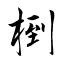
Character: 椡